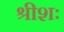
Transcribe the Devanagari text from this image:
श्रीशः